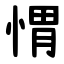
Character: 㥜